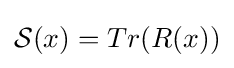
{\mathcal {S}}(x)=Tr(R(x))